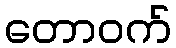
တောဝက်